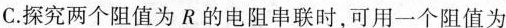
C.探究两个阻值为R的电阻串联时，可用一个阻值为